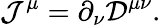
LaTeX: \mathcal{J}^{\mu}=\partial_{\nu}{\mathcal{{D}}}^{\mu\nu}.